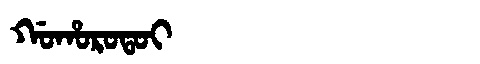
Manchu: ᡤᠣᡥᠣᡵᠣᡨᠣᡳ
Romanization: GOHOROTOI